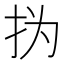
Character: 㧑